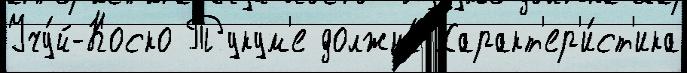
Учу́й-Коско Тукум'е должна́ Характ'ер'и́ст'ика